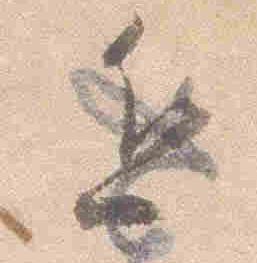
近